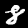
Label: 8